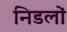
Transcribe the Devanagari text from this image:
निडलों